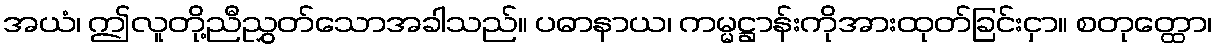
အယံ၊ ဤလူတို့ညီညွှတ်သောအခါသည်။ ပဓာနာယ၊ ကမ္မဋ္ဌာန်းကိုအားထုတ်ခြင်းငှာ။ စတုတ္ထော၊